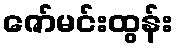
ဇော်မင်းထွန်း